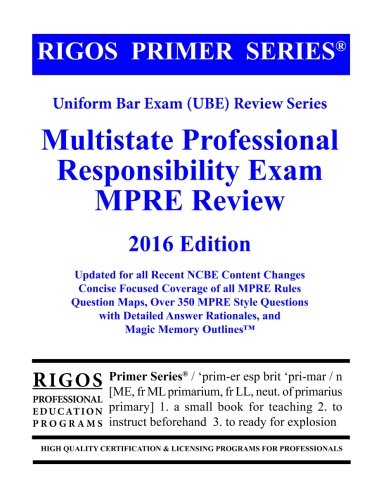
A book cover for Rigos Primer Series Uniform Bar Exam (UBE) Review Series MPRE: 2016 Edition; Mr. James J. Rigos; Test Preparation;